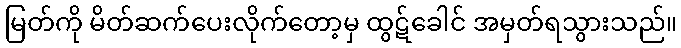
မြတ်ကို မိတ်ဆက်ပေးလိုက်တော့မှ ထွဋ်ခေါင် အမှတ်ရသွားသည်။